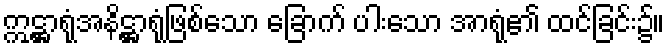
ဣဋ္ဌာရုံအနိဋ္ဌာရုံဖြစ်သော ခြောက် ပါးသော အာရုံ၏ ထင်ခြင်း၌။